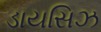
ડાયસિઝ